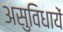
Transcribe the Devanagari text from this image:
असुविधायें